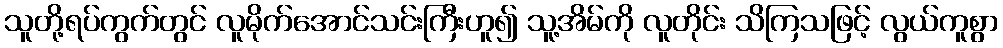
သူတို့ရပ်ကွက်တွင် လူမိုက်အောင်သင်းကြီးဟူ၍ သူ့အိမ်ကို လူတိုင်း သိကြသဖြင့် လွယ်ကူစွာ